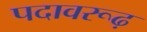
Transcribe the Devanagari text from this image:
पदावरूढ़